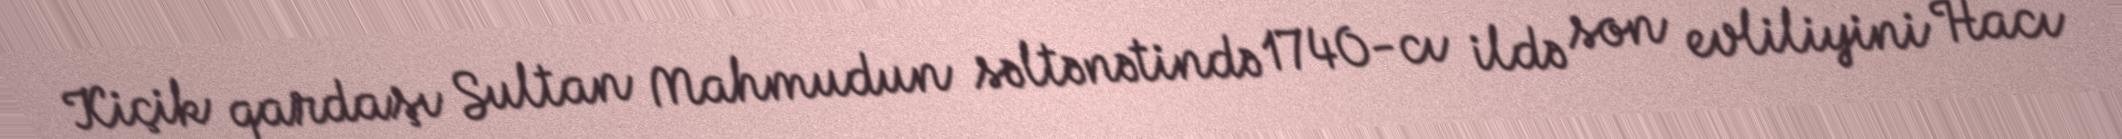
Kiçik qardaşı Sultan Mahmudun səltənətində 1740-cı ildə son evliliyini Hacı